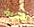
شجرة